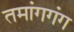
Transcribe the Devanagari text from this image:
तमांगगंग